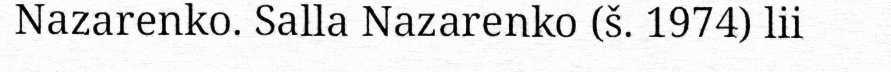
Nazarenko. Salla Nazarenko (š. 1974) lii